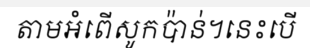
តាមអំពើសូកប៉ាន់។នេះបើ